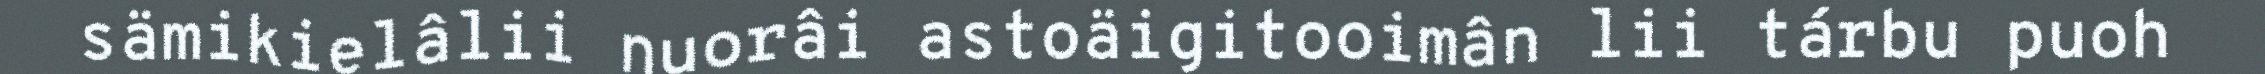
sämikielâlii nuorâi astoäigitooimân lii tárbu puoh